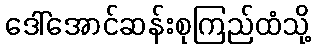
ဒေါ်အောင်ဆန်းစုကြည်ထံသို့